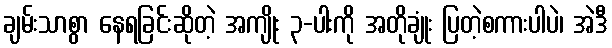
ချမ်းသာစွာ နေရခြင်းဆိုတဲ့ အကျိုး ၃-ပါးကို အတိုချုံး ပြတဲ့စကားပါပဲ၊ အဲဒီ